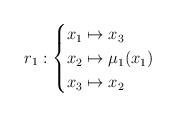
LaTeX: \begin{align*}r_1: \begin{cases}x_1 \mapsto x_3 \\x_2 \mapsto \mu_1(x_1) \\x_3 \mapsto x_2\end{cases}\end{align*}